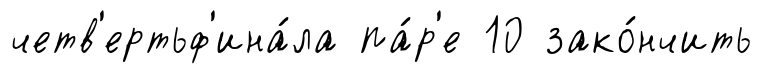
четв'ертьф'ина́ла па́р'е 10 зако́нчить